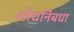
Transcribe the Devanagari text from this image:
शोधनिंबधा